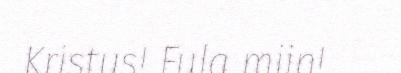
Kristus! Fula miin!